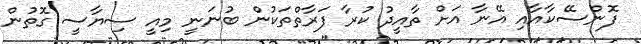
ފޮންސޭކާއާއި އޭނާ އަށް ތާއީދު ކުރާ ފަރާތްތަކުން ބުނަނީ މިއީ ސިޔާސީ ގޮތުން